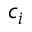
c _ { i }